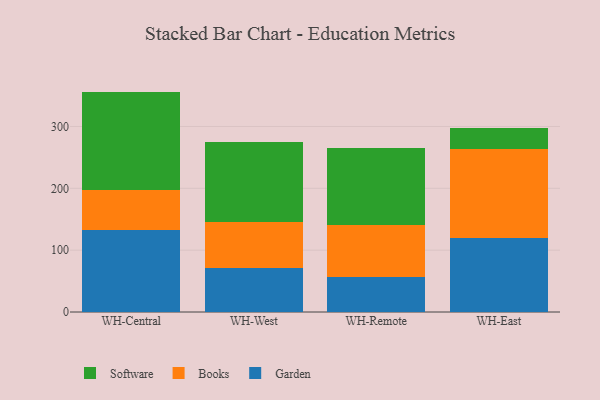
{"axis": {"x": "Warehouse", "y": "Production Output"}, "legend": ["Books", "Garden", "Software"], "data": [{"x": "WH-Central", "y": 133.4, "type": "Garden"}, {"x": "WH-Central", "y": 63.3, "type": "Books"}, {"x": "WH-Central", "y": 159.7, "type": "Software"}, {"x": "WH-West", "y": 70.4, "type": "Garden"}, {"x": "WH-West", "y": 74.6, "type": "Books"}, {"x": "WH-West", "y": 130.3, "type": "Software"}, {"x": "WH-Remote", "y": 56.7, "type": "Garden"}, {"x": "WH-Remote", "y": 83.9, "type": "Books"}, {"x": "WH-Remote", "y": 124.1, "type": "Software"}, {"x": "WH-East", "y": 119.1, "type": "Garden"}, {"x": "WH-East", "y": 144.4, "type": "Books"}, {"x": "WH-East", "y": 33.3, "type": "Software"}]}